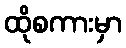
ထိုစကားမှာ